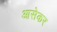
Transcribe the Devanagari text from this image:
आसेकर